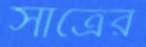
সার্ত্রের